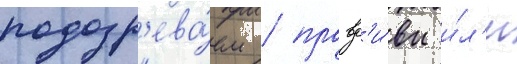
подозр'ева́ем / правд'и́вы и́л'и